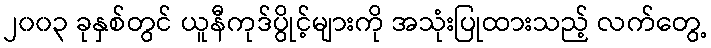
၂၀၀၃ ခုနှစ်တွင် ယူနီကုဒ်ပွိုင့်များကို အသုံးပြုထားသည့် လက်တွေ့